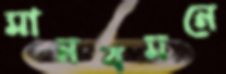
মানবমনে